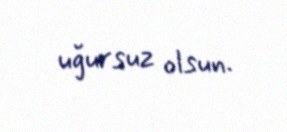
uğursuz olsun.